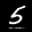
Label: 5